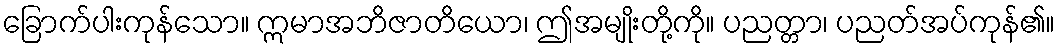
ခြောက်ပါးကုန်သော။ ဣမာအဘိဇာတိယော၊ ဤအမျိုးတို့ကို။ ပညတ္တာ၊ ပညတ်အပ်ကုန်၏။